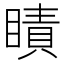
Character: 瞔